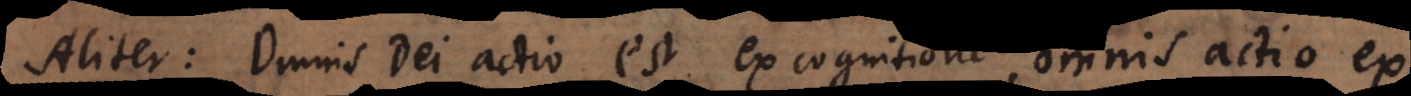
Aliter: Omnis Dei actio est ex cognitione, omnis actio ex